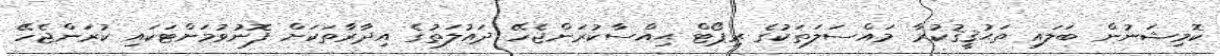
ކޮމިޝަނުން ބަލައި ތަޙުޤީޤުކުރާ މައްސަލަތަކުގެ ރިޕޯޓް ޙިއްސާކުރަންޖެހޭ ދައުލަތުގެ އިދާރާތަކަށް ފޮނުވުމަށްޓަކައި ކުރަންޖެހޭ